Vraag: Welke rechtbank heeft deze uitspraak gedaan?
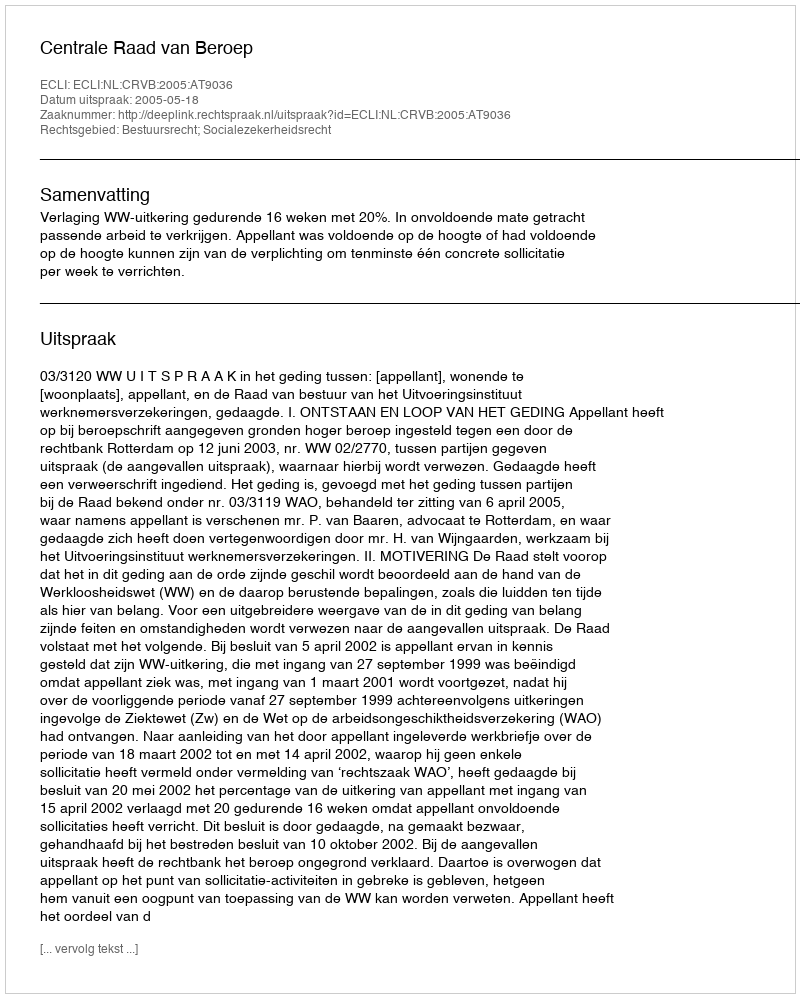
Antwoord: Centrale Raad van Beroep